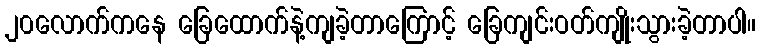
၂၀လောက်ကနေ ခြေထောက်နဲ့ကျခဲ့တာကြောင့် ခြေကျင်းဝတ်ကျိုးသွားခဲ့တာပါ။